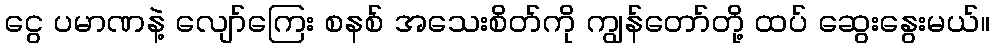
ငွေ ပမာဏနဲ့ လျော်ကြေး စနစ် အသေးစိတ်ကို ကျွန်တော်တို့ ထပ် ဆွေးနွေးမယ်။